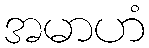
အမာဟံ